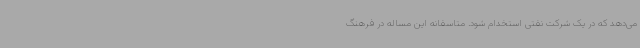
می‌دهد که در یک شرکت نفتی استخدام شود. متاسفانه این مساله در فرهنگ